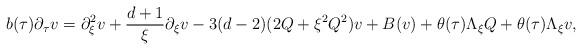
LaTeX: \begin{align*}b(\tau) \partial_\tau v = \partial_{\xi}^2 v + \frac{d+1}{\xi} \partial_\xi v -3(d-2) (2Q +\xi^2Q^2) v + B(v) + \theta(\tau) \Lambda_\xi Q + \theta(\tau) \Lambda_\xi v,\end{align*}